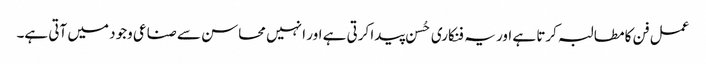
عمل فن کا مطالبہ کرتا ہے اور یہ فنکاری حُسن پیدا کرتی ہے اور ا نہیں محاسن سے صناعی وجود میں آتی ہے۔